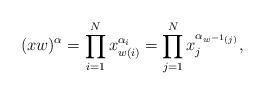
LaTeX: \begin{gather*}(xw) ^{\alpha}=\prod_{i=1}^{N}x_{w(i) }^{\alpha_{i}}=\prod_{j=1}^{N}x_{j}^{\alpha_{w^{-1}(j) }},\end{gather*}